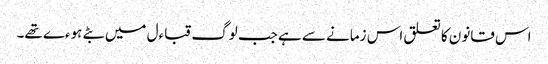
اس قانون کا تعلق اس زمانے سے ہے جب لوگ قباءل میں بٹے ہوءے تھے۔